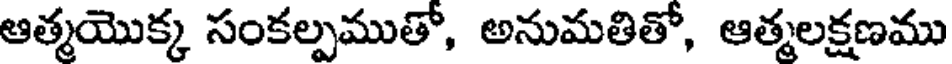
ఆత్మయొక్క సంకల్పముతో, అనుమతితో, ఆత్మలక్షణము